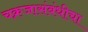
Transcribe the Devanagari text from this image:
चक्रजासंबंधीचा